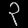
Digit: ၃